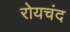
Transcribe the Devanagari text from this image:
रोयचंद